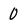
Character: 0